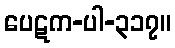
ပေဋက-ပါ-၃၁၇။